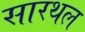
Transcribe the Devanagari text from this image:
सारथल